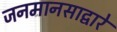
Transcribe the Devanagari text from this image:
जनमानसाद्वारे